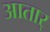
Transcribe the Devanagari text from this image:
आतार्